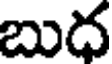
బుద